Civil Veterinary Dept. Bombay admin report 1907-1913 - 1907-1913
Year: 1907
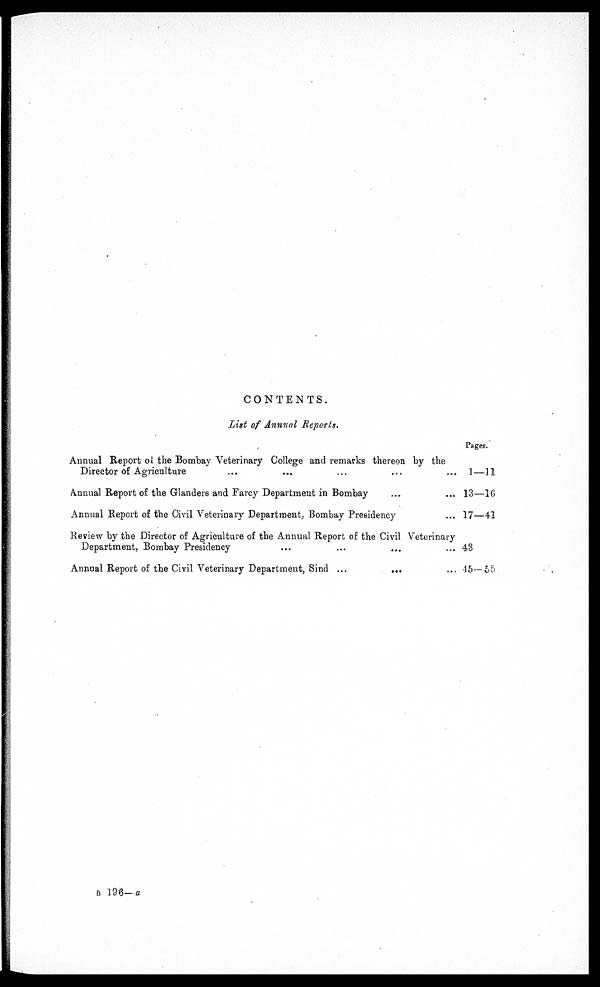
CONTENTS.
List of Annual Reports.
Annual Report of the Bombay Veterinary College and remarks thereon by the
Director of Agriculture ... ... ... ... ...
Annual Report of the Glanders and Farcy Department in Bombay ... ...
Annual Report of the Civil Veterinary Department, Bombay Presidency ... ...
Review by the Director of Agriculture of the Annual Report of the Civil Veterinary
Department, Bombay Presidency ... ... ... ...
Annual Report of the Civil Veterinary Department, Sind ...
... ...
Pages.
1—11
13—16
17—41
43
45—55
B 196— a